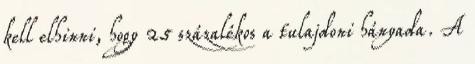
kell elhinni, hogy 25 százalékos a tulajdoni hányada. A